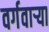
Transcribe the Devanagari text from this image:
वर्गवार्‍या